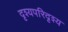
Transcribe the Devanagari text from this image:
दृश्यपरिदृश्य